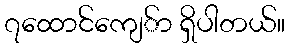
၇ထောင်ကျေ်ာ ရှိပါတယ်။